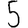
Digit: 5